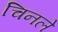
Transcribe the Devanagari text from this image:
चिनले